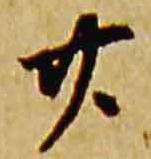
廿